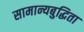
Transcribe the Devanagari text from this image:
सामान्यबुद्धिता